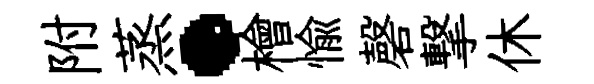
附蒸·檜愉磬撃休